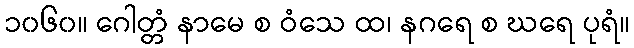
၁၀၆၀။ ဂေါတ္တံ နာမေ စ ဝံသေ ထ၊ နဂရေ စ ဃရေ ပုရံ။